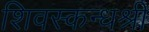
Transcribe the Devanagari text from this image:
शिवस्कन्धश्री